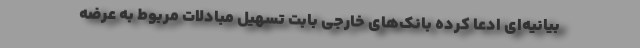
بیانیه‌ای ادعا کرده بانک‌های خارجی بابت تسهیل مبادلات مربوط به عرضه